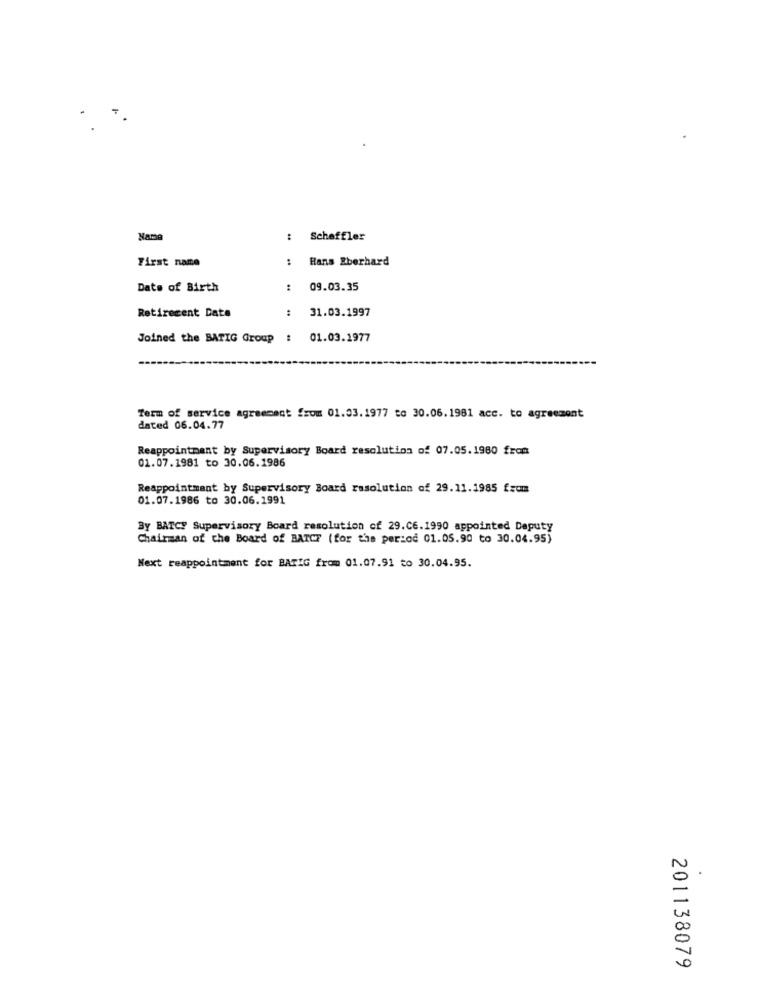
Name
:
Scheffler
First name
Hans Eberhard
Date of Birth
09.03.35
Retirement Date
:
31.03.1997
Joined the BATIG Group :
01.03.1977
Term of service agreement fsom 01.03.1977 to 30.06.1981 acc. to agreement
dated 06.04.77
Reappointment by Supervisory Board resolution of 07.05.1980 from
01.07.1981 to 30.06.1986
Reappointment by Supervisory Board rasolution of 29.11.1985 from
01.07.1986 to 30.06.1991
By BATCY Supervisory Board resolution of 29.C6.1990 appointed Deputy
Chairman of the Board of BATCH (for the period 01.05.90 to 30.04.95)
Next reappointment for BATIG from 01.07.91 to 30.04.95.
.
00
0
201138079